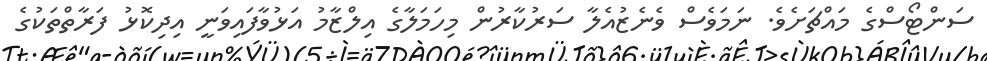
ސަންޓޯސްގެ މައްޗަށެވެ. ނަމަވެސް ވެނެޒުއެލާ ސަރުކާރުން މިހަމަލާގެ އިލްޒާމު އަޅުވާފައިވަނީ އިދިކޮޅު ފަރާތްތަކުގެ